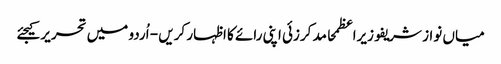
میاں نواز شریفوزیراعظمحامد کرزئی اپنی رائے کا اظہار کریں - اُردو میں تحریر کیجئے